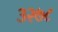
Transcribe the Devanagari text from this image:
३२७८